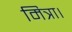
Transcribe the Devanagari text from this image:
मित्रा।